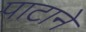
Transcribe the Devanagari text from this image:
पाटाने